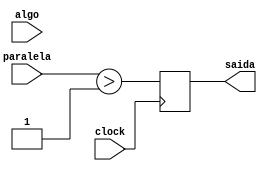
//Wadson Ferreira
//460631

module conversor(output saida, input[4:0] paralela, input clock, input algo);
	reg[4:0] auxiliar;
	reg saidaAux;
	assign saida = saidaAux;
	//initial begin auxiliar = paralela; end
	always @(posedge clock) begin
		auxiliar = paralela > 1;          // usar os flip-flops
		saidaAux = auxiliar[0];
	end
endmodule

module Exercicio05;
	reg[4:0] entrada;
	reg clock, algo;
	wire saida;
	conversor C(saida,entrada,clock,algo);
	initial begin
	entrada=5'b10101;
	#10 algo=0;
	#10 algo=1;
	#10 algo=0;
	#10 algo=1;
	#10 algo=0;
	#10 algo=1;
	#50 $finish;
	end
	always begin #5 clock=~clock; end
	always @(clock) begin
		$display("%d %b %b",$time,entrada,saida,algo);
	end
endmodule